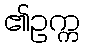
၏ဥက္က